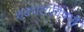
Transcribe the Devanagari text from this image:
शक्यतांविषयी